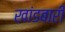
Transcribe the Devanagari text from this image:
खांडबारी